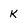
Character: K